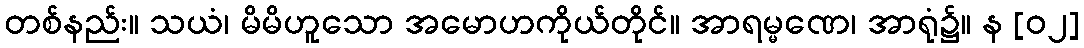
တစ်နည်း။ သယံ၊ မိမိဟူသော အမောဟကိုယ်တိုင်။ အာရမ္မဏေ၊ အာရုံ၌။ န [၀၂]